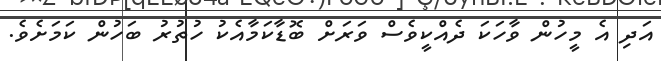
އަދި އެ މީހުން ވާހަކަ ދެއްކީވެސް ވަރަށް ބޮޑާކަމާއެކު ހުތުރު ބަހުން ކަމަށެވެ.